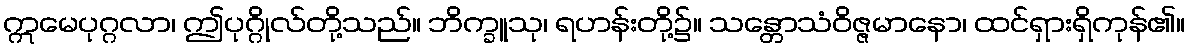
ဣမေပုဂ္ဂလာ၊ ဤပုဂ္ဂိုလ်တို့သည်။ ဘိက္ခူသု၊ ရဟန်းတို့၌။ သန္တောသံဝိဇ္ဇမာနော၊ ထင်ရှားရှိကုန်၏။